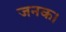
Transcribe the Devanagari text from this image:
जनक।